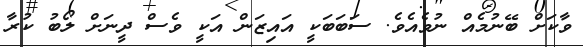
ވާކަށް ބޭނުމެއް ނުވެއެވެ. ސަބަބަކީ އައިޒަން އަކީ ވެސް ދީނަށް ލޯބު ކުރާ